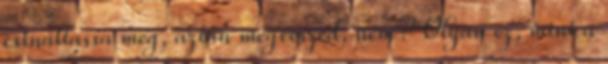
csináltassa meg, aztán megveszed, nem? Olyan ez, mint a